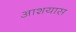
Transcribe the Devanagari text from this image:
आशयास